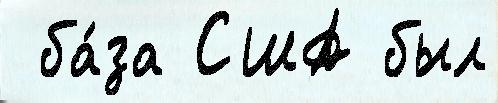
 ба́за США был